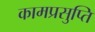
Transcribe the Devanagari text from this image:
कामप्रसुप्ति